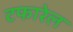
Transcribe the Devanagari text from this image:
टफारेल